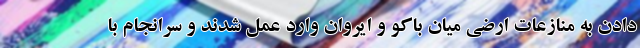
دادن به منازعات ارضی میان باکو و ایروان وارد عمل شدند و سرانجام با